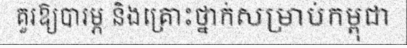
គួរឱ្យបារម្ភ និងគ្រោះថ្នាក់សម្រាប់កម្ពុជា